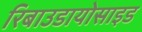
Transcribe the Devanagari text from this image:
रिबाउडायोसाइड